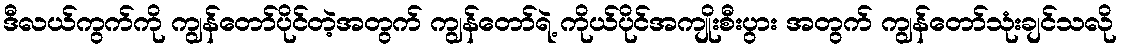
ဒီလယ်ကွက်ကို ကျွန်တော်ပိုင်တဲ့အတွက် ကျွန်တော်ရဲ့ ကိုယ်ပိုင်အကျိုးစီးပွား အတွက် ကျွန်တော်သုံးချင်သလို